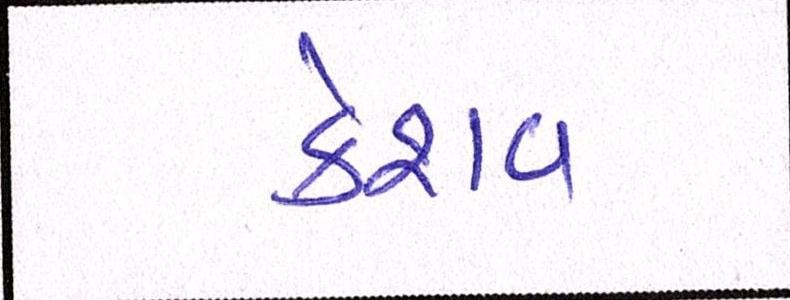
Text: કેશવ